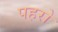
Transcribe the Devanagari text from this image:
पहरो